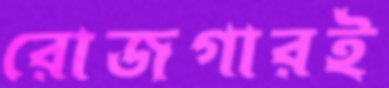
রোজগারই